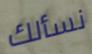
نسألك